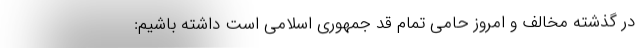
در گذشته مخالف و امروز حامی تمام قد جمهوری اسلامی است داشته باشیم: